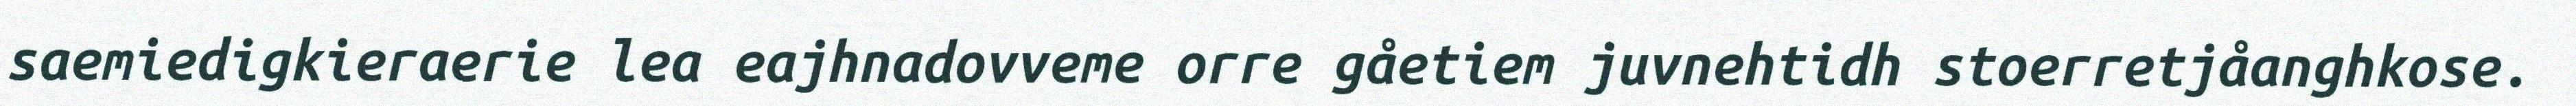
saemiedigkieraerie lea eajhnadovveme orre gåetiem juvnehtidh stoerretjåanghkose.